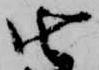
由